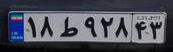
۱۸ط۹۲۸۴۳